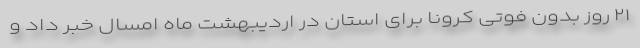
۲۱ روز بدون فوتی کرونا برای استان در اردیبهشت ماه امسال خبر داد و